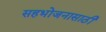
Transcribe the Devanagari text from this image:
सहभोजनासाठी